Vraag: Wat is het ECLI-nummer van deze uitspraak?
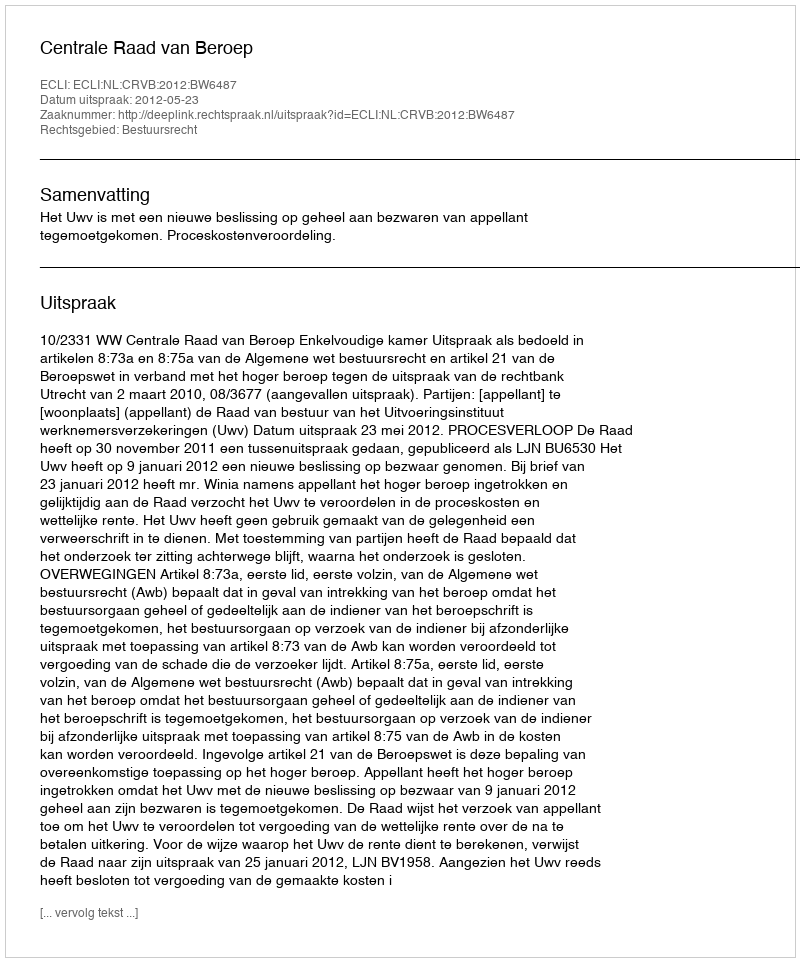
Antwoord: ECLI:NL:CRVB:2012:BW6487